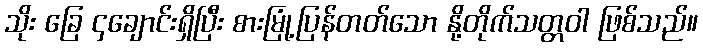
သိုး ခြေ ၄ချောင်းရှိပြီး စားမြုံ့ပြန်တတ်သော နို့တိုက်သတ္တဝါ ဖြစ်သည်။